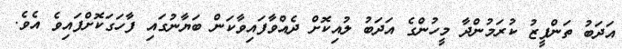
އަދަބު ތަންފީޒު ކުރަމުންދާ މީހުންގެ އަދަބު ލުއިކޮށް ދެއްވާފައިވާކަން ބަޔާނުގައި ފާހަގަކޮށްފައިވެ އެވެ.